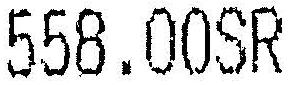
558.00SR